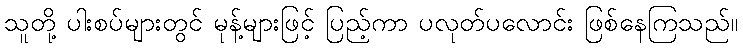
သူတို့ ပါးစပ်များတွင် မုန့်များဖြင့် ပြည့်ကာ ပလုတ်ပလောင်း ဖြစ်နေကြသည်။